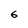
Character: 6